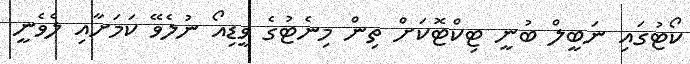
ކޯޓުގައި ނަބީލް ބުނީ ޓިކްޓޮކަށް ތިން މިނެޓުގެ ވީޑިއޯ ނުލެވޭ ކަމަށާއި ލެވެނީ